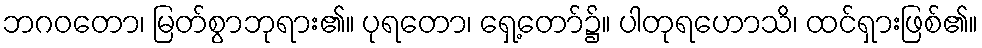
ဘဂဝတော၊ မြတ်စွာဘုရား၏။ ပုရတော၊ ရှေ့တော်၌။ ပါတုရဟောသိ၊ ထင်ရှားဖြစ်၏။